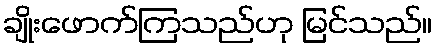
ချိုးဖောက်ကြသည်ဟု မြင်သည်။